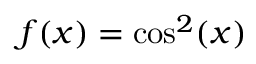
f ( x ) = \cos ^ { 2 } ( x )